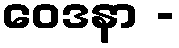
ဝေဒနာ -